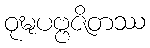
ဝုဍ္ဎပဗ္ဗဇိတဿ